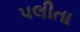
પલીતા